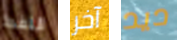
النفط آخر ديد